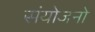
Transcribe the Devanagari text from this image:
संयोजनो